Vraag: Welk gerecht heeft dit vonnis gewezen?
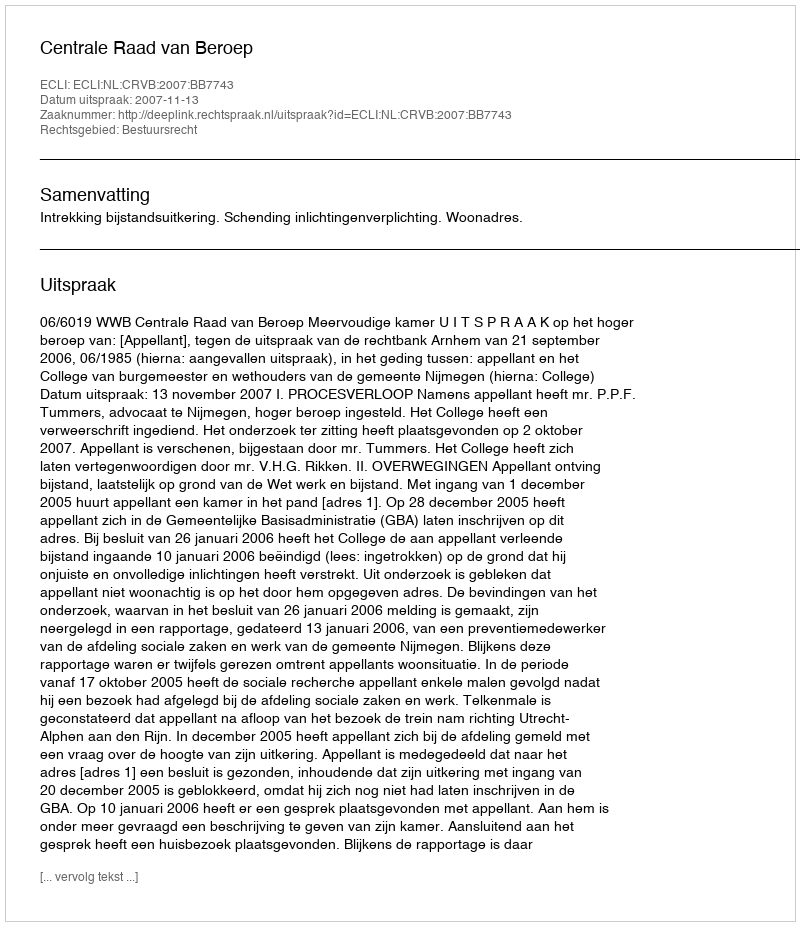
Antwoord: Centrale Raad van Beroep